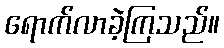
ရောက်လာခဲ့ကြသည်။